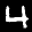
Label: 4